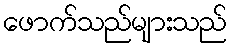
ဖောက်သည်များသည်